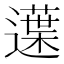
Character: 𨗸